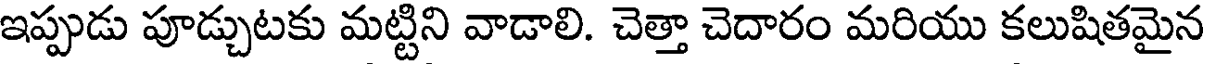
ఇప్పుడు పూడ్చుటకు మట్టిని వాడాలి. చెత్తా చెదారం మరియు కలుషితమైన